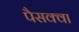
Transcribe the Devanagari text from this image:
पैसक्वा